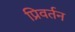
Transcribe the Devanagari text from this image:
प्रिवर्तन